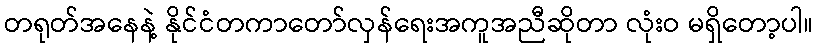
တရုတ်အနေနဲ့ နိုင်ငံတကာတော်လှန်ရေးအကူအညီဆိုတာ လုံးဝ မရှိတော့ပါ။